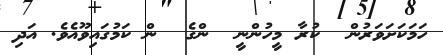
ހަމަކަށަވަރުން  ކުރާ މީހުންނީ  ންގެ  ން ކަމުގައިވޫއެވެ. އަދި